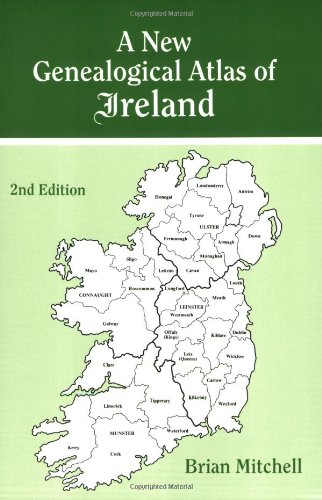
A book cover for A New Genealogical Atlas of Ireland, Second Edition; Brian Mitchell; History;